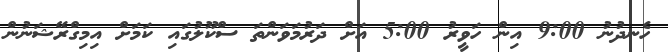
ހެނދުނު 9:00 އިން ހަވީރު 5:00 އަށް ދަރުމަވަންތަ ސްކޫލުގައި ކަމަށް އިމިގްރޭޝަނުން